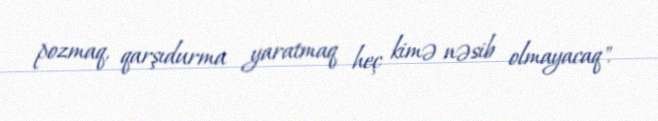
pozmaq, qarşıdurma yaratmaq heç kimə nəsib olmayacaq".